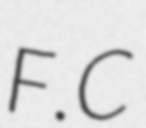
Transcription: F.C